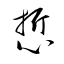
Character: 悊